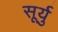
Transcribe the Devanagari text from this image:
सूर्यु